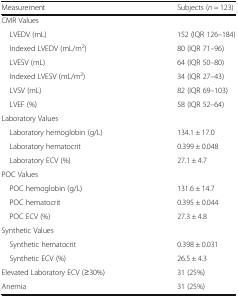
<table><thead><tr><td><b>Measurement</b></td><td><b>Subjects (<i>n</i> = 123)</b></td></tr></thead><tbody><tr><td colspan="2">CMR Values</td></tr><tr><td> LVEDV (mL)</td><td>152 (IQR 126–184)</td></tr><tr><td> Indexed LVEDV (mL/m<sup>2</sup>)</td><td>80 (IQR 71–96)</td></tr><tr><td> LVESV (mL)</td><td>64 (IQR 50–80)</td></tr><tr><td> Indexed LVESV (mL/m<sup>2</sup>)</td><td>34 (IQR 27–43)</td></tr><tr><td> LVSV (mL)</td><td>82 (IQR 69–103)</td></tr><tr><td> LVEF (%)</td><td>58 (IQR 52–64)</td></tr><tr><td colspan="2">Laboratory Values</td></tr><tr><td> Laboratory hemoglobin (g/L)</td><td>134.1 ± 17.0</td></tr><tr><td> Laboratory hematocrit</td><td>0.399 ± 0.048</td></tr><tr><td> Laboratory ECV (%)</td><td>27.1 ± 4.7</td></tr><tr><td colspan="2">POC Values</td></tr><tr><td> POC hemoglobin (g/L)</td><td>131.6 ± 14.7</td></tr><tr><td> POC hematocrit</td><td>0.395 ± 0.044</td></tr><tr><td> POC ECV (%)</td><td>27.3 ± 4.8</td></tr><tr><td colspan="2">Synthetic Values</td></tr><tr><td> Synthetic hematocrit</td><td>0.398 ± 0.031</td></tr><tr><td> Synthetic ECV (%)</td><td>26.5 ± 4.3</td></tr><tr><td>Elevated Laboratory ECV (≥30%)</td><td>31 (25%)</td></tr><tr><td>Anemia</td><td>31 (25%)</td></tr></tbody></table>